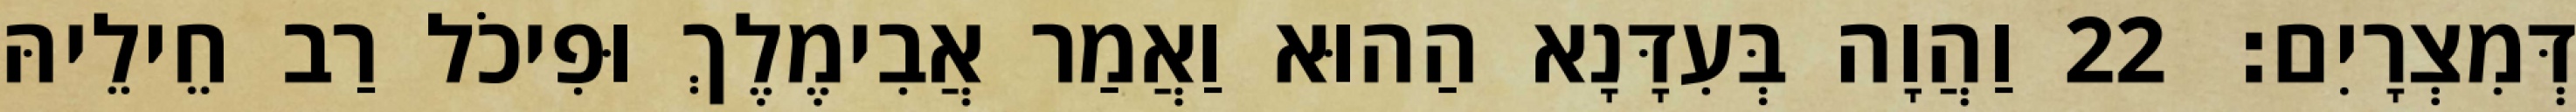
דְּמִצְרָיִם׃ 22 וַהֲוָה בְּעִדָּנָא הַהוּא וַאֲמַר אֲבִימֶלֶךְ וּפִיכֹל רַב חֵילֵיהּ